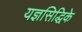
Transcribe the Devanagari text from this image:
यज्ञसिद्धिके